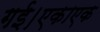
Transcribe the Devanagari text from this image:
गई।एकाएक